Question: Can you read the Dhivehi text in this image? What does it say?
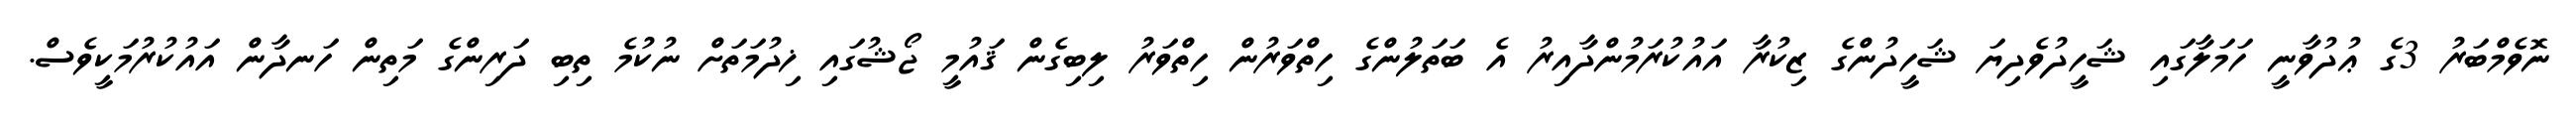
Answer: ނޮވެމްބަރު 3ގެ ޢުދުވާނީ ހަމަލާގައި ޝަހީދުވެދިޔަ ޝަހީދުންގެ ޒިކުރާ އައުކުރަމުންދާއިރު އެ ބަތަލުންގެ ހިތްވަރުން ހިތްވަރު ލިބިގެން ޤައުމީ ޖޯޝުގައި ޚިދުމަތަށް ނުކުމެ ތިބި ދަރިންގެ މަތިން ހަނދާން އައުކުރުމަކީވެސް.